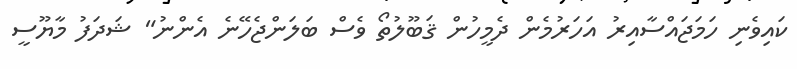
ކައިވެނި ހަމަޖައްސާއިރު އަހަރުމެން ދެމީހުން ޤަބޫލުތޯ ވެސް ބަލަންޖެހޭނެ އެންނު" ޝަދަފު މާޔޫސީ